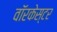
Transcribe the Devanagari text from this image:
वॉरकेस्टर